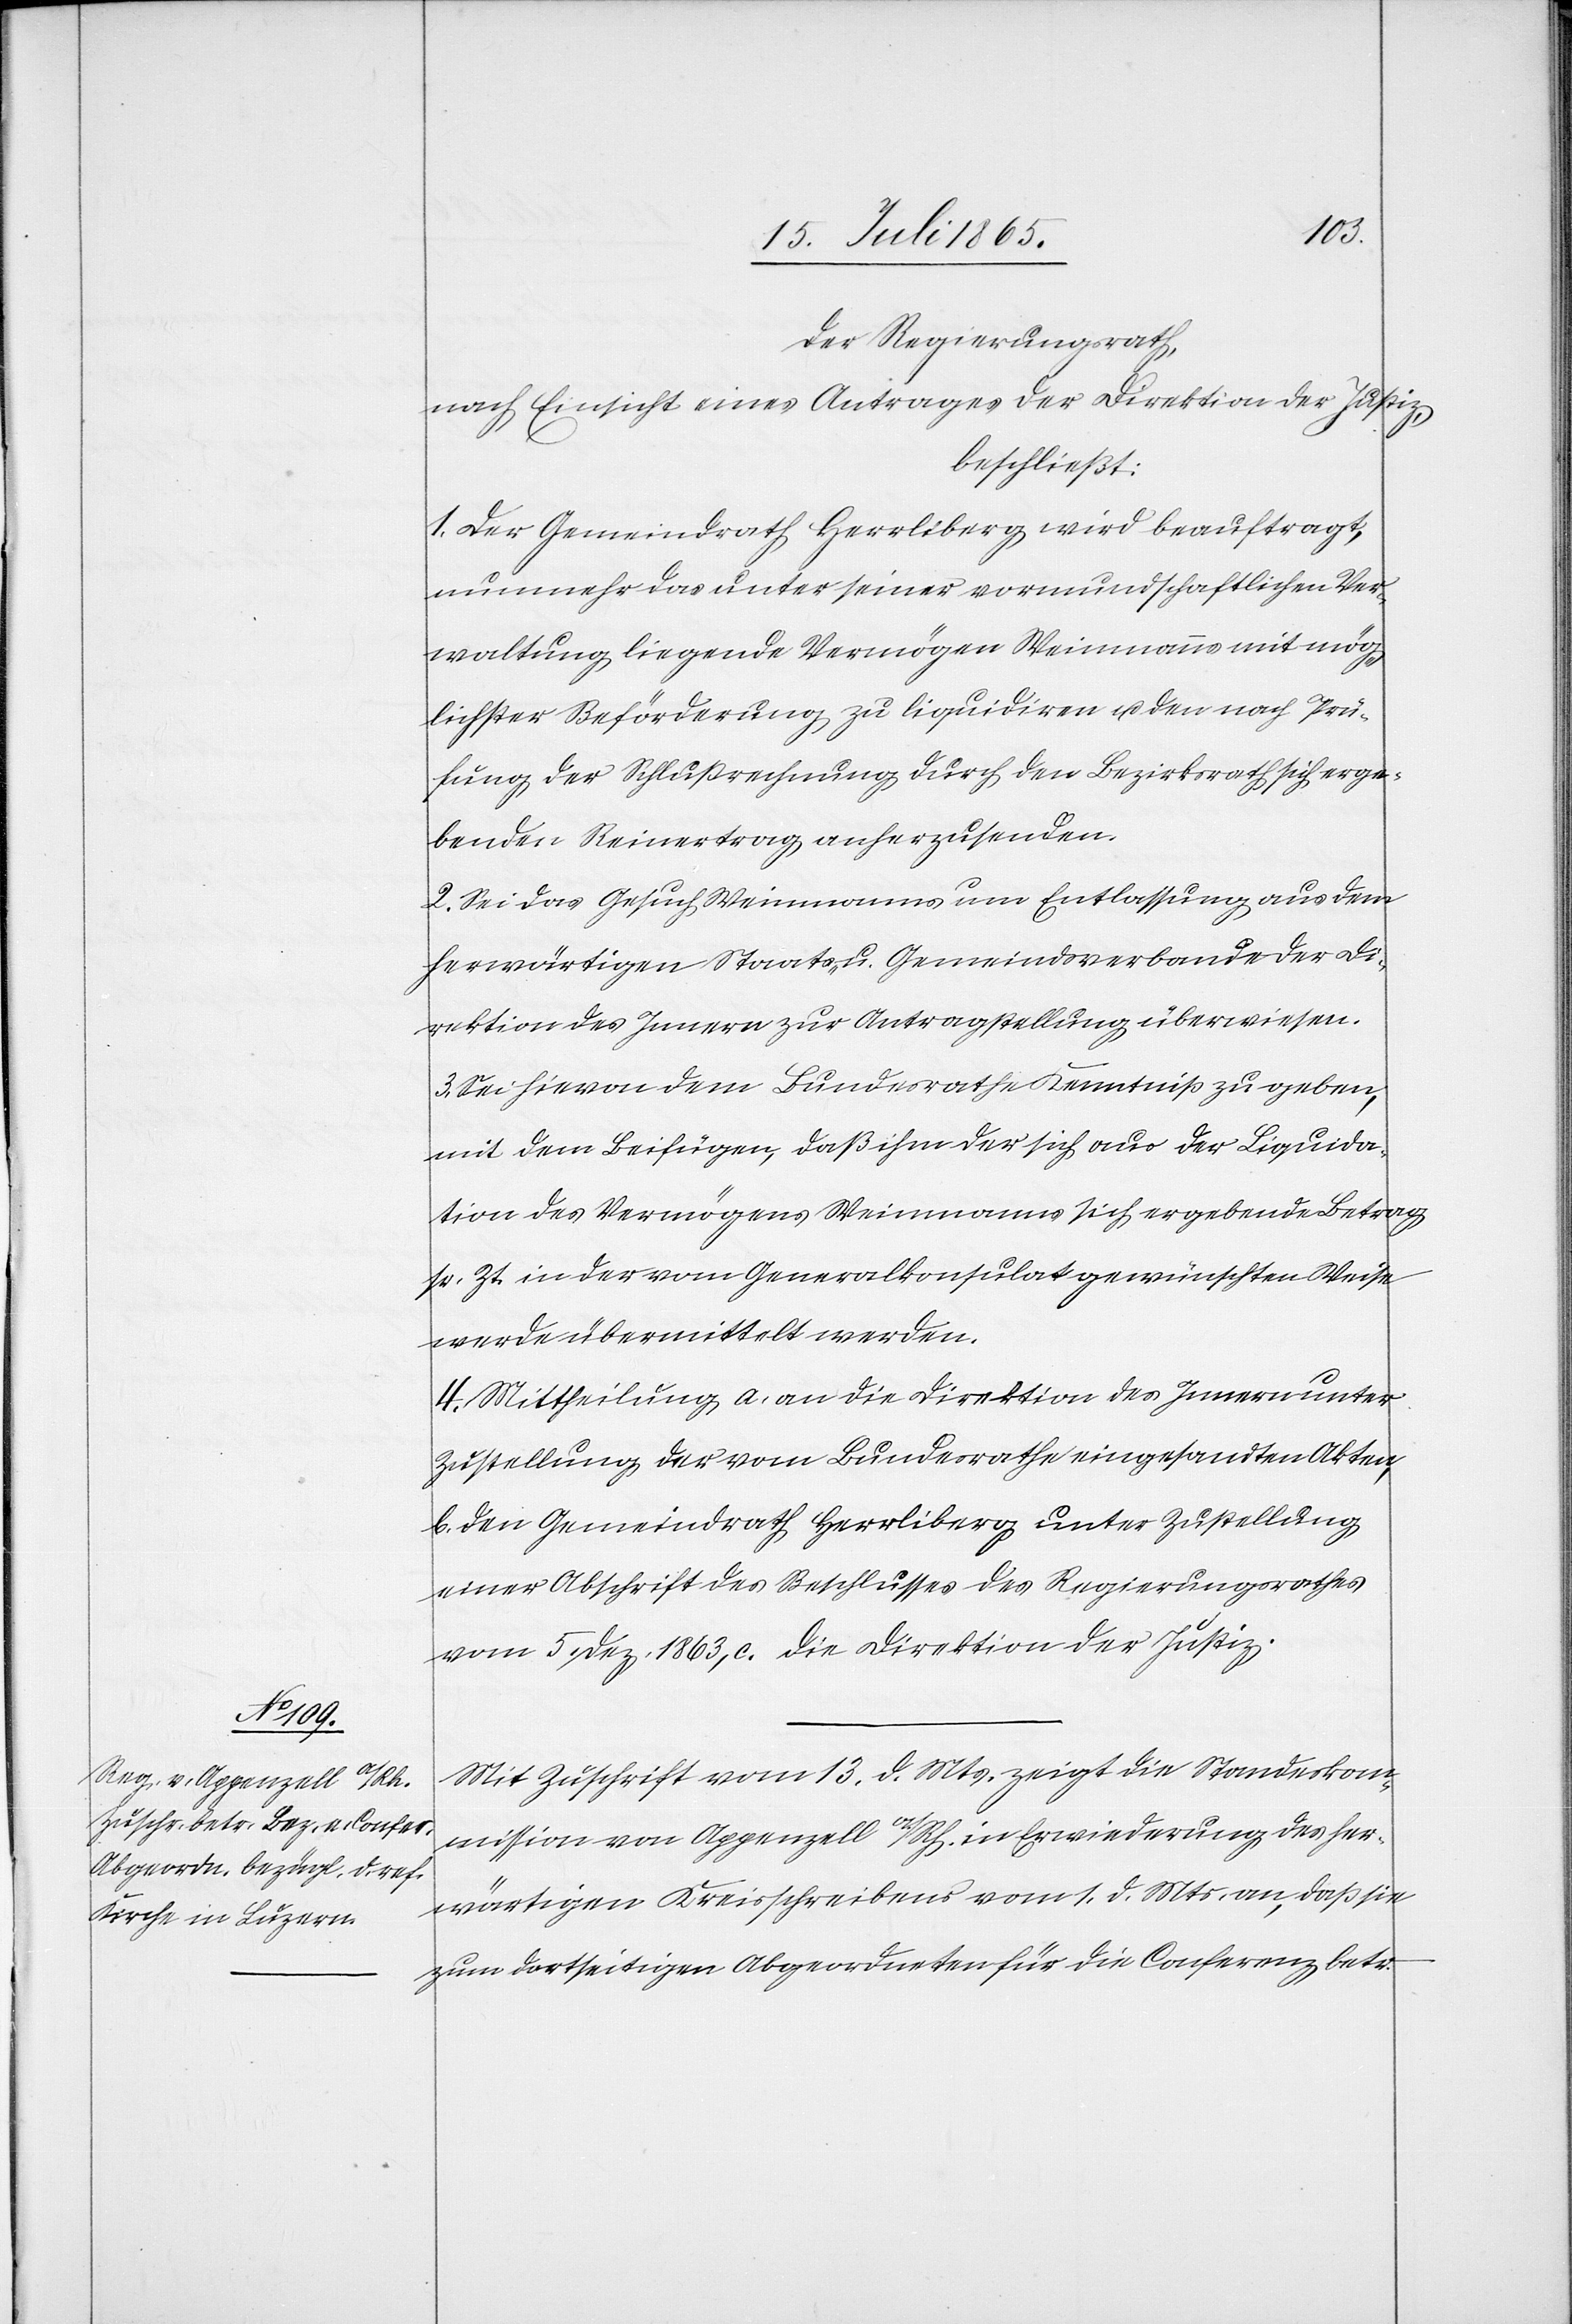
Der Regierungsrath,
nach Einsicht eines Antrages der Direktion der Justiz,
beschließt:
1. Der Gemeindrath Herrliberg wird beauftragt,
nunmehr das unter seiner vormundschaftlichen Ver¬
waltung liegende Vermögen Weinmanns mit mög¬
lichster Beförderung zu liquidiren u. den nach Prü¬
fung der Schlußrechnung durch den Bezirksrath sich erge¬
benden Reinertrag anherzusenden.
2. Sei das Gesuch Weinmanns um Entlassung aus dem
herwärtigen Staats- u. Gemeindsverbande der Di¬
rektion des Innern zur Antragstellung überwiesen.
3. Sei hievon dem Bundesrathe Kenntniß zu geben,
mit dem Beifügen, daß ihm der sich aus der Liquida¬
tion des Vermögens Weinmanns sich ergebende Betrag
sr. Zt. in der vom Generalkonsulat gewünschten Weise
werde übermittelt werden.
4. Mittheilung a. an die Direktion des Innern unter
Zustellung der vom Bundesrathe eingesandten Akten,
b. den Gemeindrath Herrliberg unter Zustellung
einer Abschrift des Beschlusses des Regierungsrathes
vom 5. Dez. 1863, c. die Direktion der Justiz.
Mit Zuschrift vom 13. d. Mts. zeigt die Standeskom¬
mission von Appenzell a/Rh. in Erwiederung des her¬
wärtigen Kreisschreibens vom 1. d. Mts. an, daß sie
zum dortseitigen Abgeordneten für die Conferenz betr.